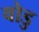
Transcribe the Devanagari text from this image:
वोडु